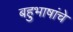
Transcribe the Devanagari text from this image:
बहुभाषांचे